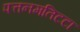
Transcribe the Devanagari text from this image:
पत्तनमतिटटा